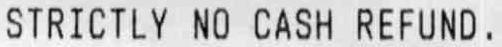
STRICTLY NO CASH REFUND.